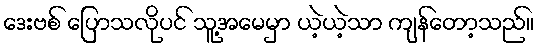
ဒေးဗစ် ပြောသလိုပင် သူ့အမေမှာ ယဲ့ယဲ့သာ ကျန်တော့သည်။